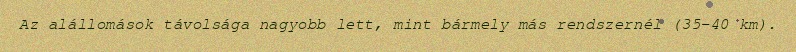
Az alállomások távolsága nagyobb lett, mint bármely más rendszernél (35–40 km).